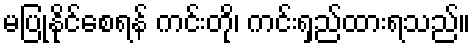
မပြုနိုင်စေရန် ကင်းတို၊ ကင်းရှည်ထားရသည်။